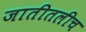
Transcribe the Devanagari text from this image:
जातीतलीच